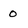
Character: 0